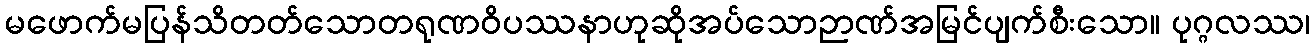
မဖောက်မပြန်သိတတ်သောတရုဏဝိပဿနာဟုဆိုအပ်သောဉာဏ်အမြင်ပျက်စီးသော။ ပုဂ္ဂလဿ၊